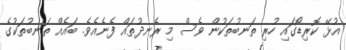
އުޅޭ ކޮރިޑޯގައި ހުރި ތަނބުތަކުން ވެސް މި ރެނދުތައް ފެނެއެވެ. ބައެއް ތަނބުތަކުގެ